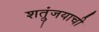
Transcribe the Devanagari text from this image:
शत्रुंजयाची